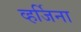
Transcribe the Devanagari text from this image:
व्हर्जिना